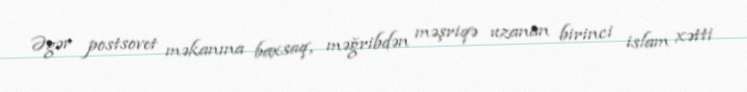
Əgər postsovet məkanına baxsaq, məğribdən məşriqə uzanan birinci islam xətti